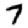
Digit: 7